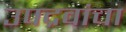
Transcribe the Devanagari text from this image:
उपद्रवांचा